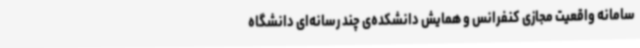
سامانه واقعیت مجازی کنفرانس و همایش دانشکده‌ی چند رسانه‌ای دانشگاه